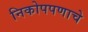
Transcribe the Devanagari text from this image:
निकोपपणाचे